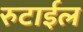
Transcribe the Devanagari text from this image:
रुटाईल